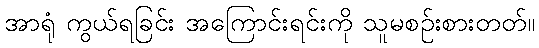
အာရုံ ကွယ်ရခြင်း အကြောင်းရင်းကို သူမစဉ်းစားတတ်။